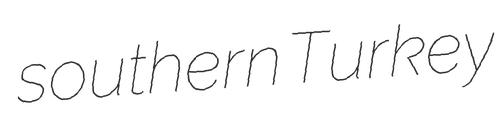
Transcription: southern Turkey